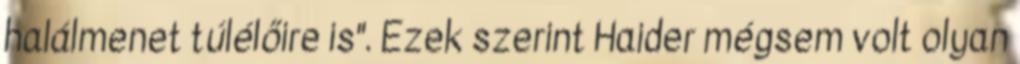
halálmenet túlélőire is". Ezek szerint Haider mégsem volt olyan